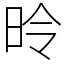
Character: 昤